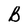
Character: B